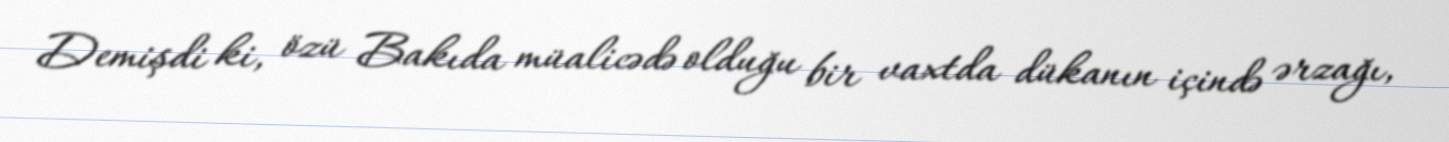
Demişdi ki, özü Bakıda müalicədə olduğu bir vaxtda dükanın içində ərzağı,